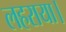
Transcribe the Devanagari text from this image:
लहराया।